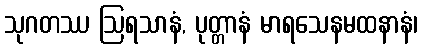
သုဂတဿ ဩရသာနံ, ပုတ္တာနံ မာရသေနမထနာနံ၊